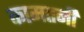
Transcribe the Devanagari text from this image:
कामतनी